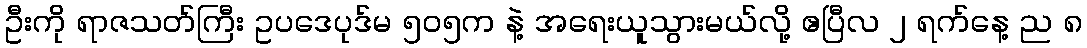
ဦးကို ရာဇသတ်ကြီး ဥပဒေပုဒ်မ ၅၀၅က နဲ့ အရေးယူသွားမယ်လို့ ဧပြီလ ၂ ရက်နေ့ ည ၈